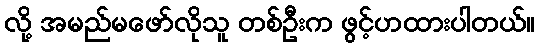
လို့ အမည်မဖော်လိုသူ တစ်ဦးက ဖွင့်ဟထားပါတယ်။